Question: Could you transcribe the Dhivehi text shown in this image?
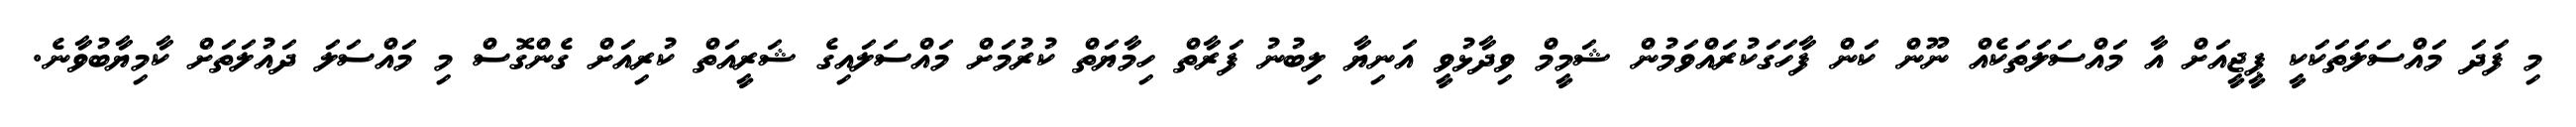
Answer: މި ފަދަ މައްސަލަތަކަކީ ޕީޖީއަށް އާ މައްސަލަތަކެއް ނޫން ކަން ފާހަގަކުރައްވަމުން ޝަމީމް ވިދާޅުވީ އަނިޔާ ލިބުނު ފަރާތް ހިމާޔަތް ކުރުމަށް މައްސަލައިގެ ޝަރީއަތް ކުރިއަށް ގެންގޮސް މި މައްސަލަ ދައުލަތަށް ކާމިޔާބުވާނެ.